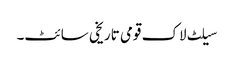
سیلٹ لاک قومی تاریخی سائٹ۔